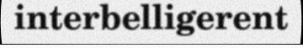
interbelligerent